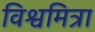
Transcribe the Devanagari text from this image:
विश्वमित्रा